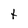
Character: t